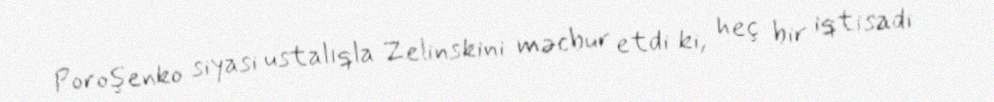
Poroşenko siyasi ustalıqla Zelinskini məcbur etdi ki, heç bir iqtisadi